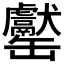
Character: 𦉧